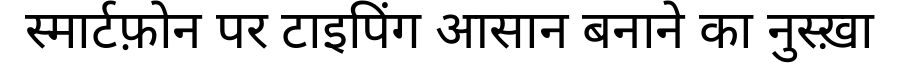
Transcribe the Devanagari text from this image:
स्मार्टफ़ोन पर टाइपिंग आसान बनाने का नुस्ख़ा